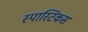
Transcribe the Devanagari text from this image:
स्पास्टिकस